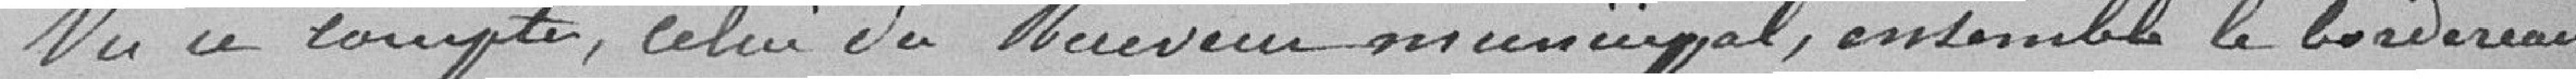
Vu ce compte, celui du Receveur municipal, ensemble le bordereau